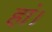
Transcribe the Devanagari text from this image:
हां।